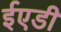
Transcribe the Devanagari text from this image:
ईएडी